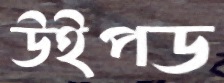
উইপড